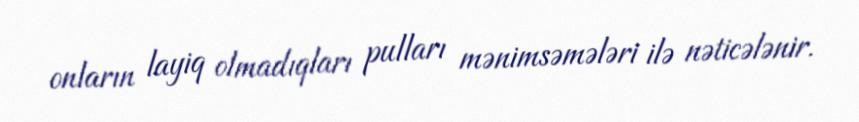
onların layiq olmadıqları pulları mənimsəmələri ilə nəticələnir.